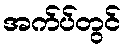
အက်ပ်တွင်